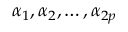
\alpha _ { 1 } , \alpha _ { 2 } , \ldots , \alpha _ { 2 p }